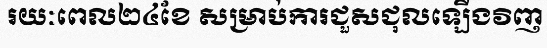
រយៈពេល២៤ខែ សម្រាប់ការជួសជុលឡើងវិញ